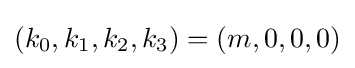
(k_{0},k_{1},k_{2},k_{3})=(m,0,0,0)